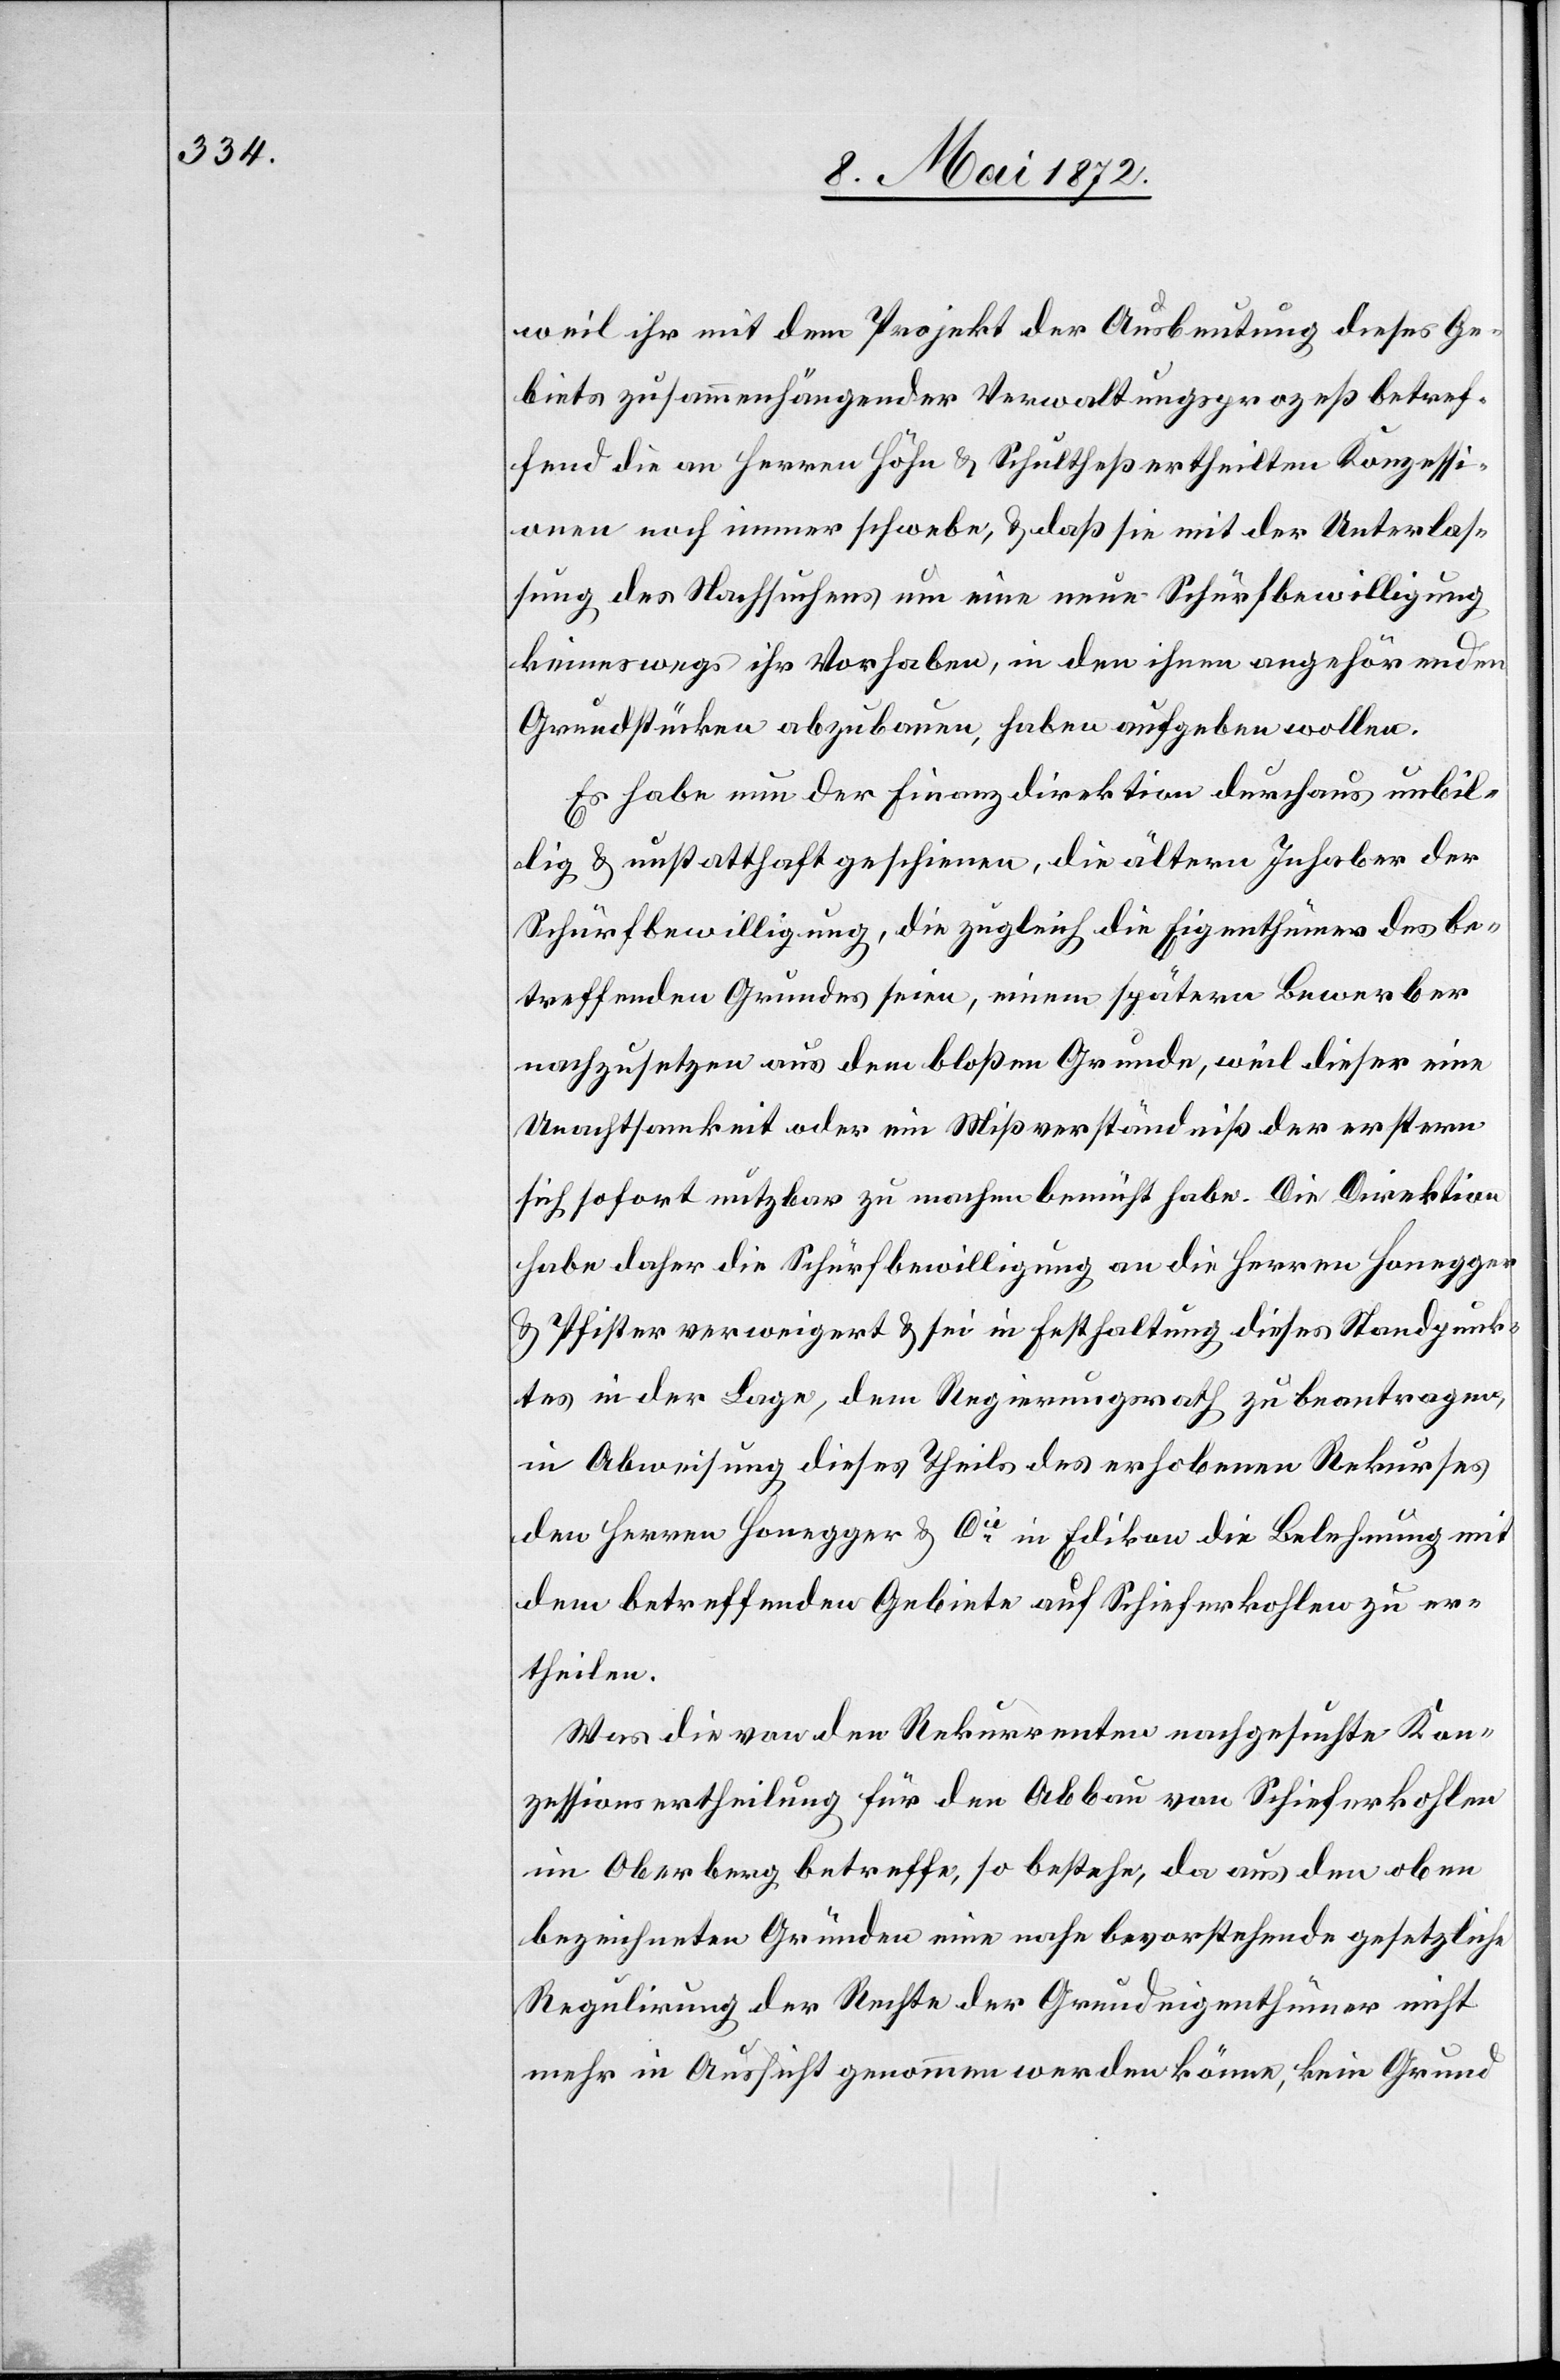
weil ihr mit dem Projekt der Ausbeutung dieses Ge¬
biets zusammenhängender Verwaltungsprozeß betref¬
fend die an Herren Höhn u. Schultheß ertheilten Konzessi¬
onen noch immer schwebe, u. daß sie mit der Unterlas¬
sung des Nachsuchens um eine neue Schürfbewilligung
keineswegs ihr Vorhaben, in den ihnen angehörenden
Grundstücken abzubauen, haben aufgeben wollen.
Es habe nun der Finanzdirektion durchaus unbil¬
lig u. unstatthaft geschienen, die ältern Inhaber der
Schürfbewilligung, die zugleich die Eigenthümer des be¬
treffenden Grundes seien, einem spätern Bewerber
nachzusetzen aus dem bloßen Grunde, weil dieser eine
Unachtsamkeit oder ein Mißverständniß der erstern
sich sofort nutzbar zu machen bemüht habe. Die Direktion
habe daher die Schürfbewilligung an die Herren Honegger
u. Pfister verweigert u. sei in Festhaltung dieses Standpunk¬
tes in der Lage, dem Regierungsrath zu beantragen,
in Abweisung dieses Theils des erhobenen Rekurses
den Herren Honegger u. Cie in Edikon die Belehnung mit
dem betreffenden Gebiete auf Schieferkohlen zu er¬
theilen.
Was die von den Rekurrenten nachgesuchte Kon¬
zessionsertheilung für den Abbau von Schieferkohlen
im Oberberg betreffe, so bestehe, da aus den oben
bezeichneten Gründen eine nahe bevorstehende gesetzliche
Regulirung der Rechte der Grundeigenthümer nicht
mehr in Aussicht genommen werden könne, kein Grund